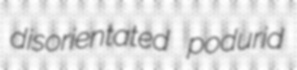
disorientated podurid